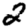
Digit: 2